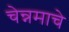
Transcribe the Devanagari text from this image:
चेन्नमाचे